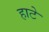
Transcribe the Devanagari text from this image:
हाटे